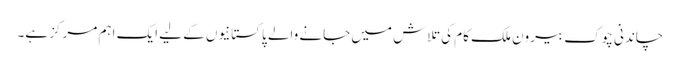
چاندنی چوک بیرونِ ملک کام کی تلاش میں جانے والے پاکستانیوں کے لیے ایک اہم مرکز ہے۔